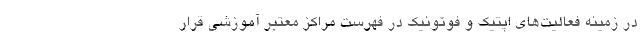
در زمینه فعالیت‌های اپتیک و فوتونیک در فهرست مراکز معتبر آموزشی قرار